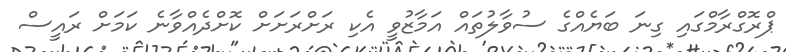
ޕްރޮގްރާމްގައި ގިނަ ބަޔެއްގެ ސުވާލުތައް އަމާޒުވީ އެކި ރަށްރަށަށް ކޮށްދެއްވާނެ ކަމަށް ރައީސް